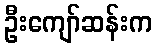
ဦးကျော်ဆန်းက